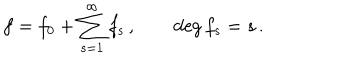
f = f _ { 0 } + \sum _ { s = 1 } ^ { \infty } f _ { s } \, , \qquad \deg { f _ { s } } = s \, .